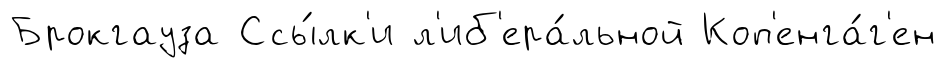
Брокгауза Ссы́лк'и л'иб'ера́льной Коп'енга́г'ен